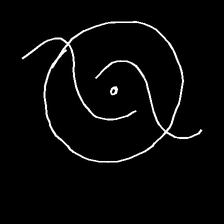
Glyph: repetition